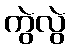
ကွဲလွဲ